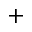
+